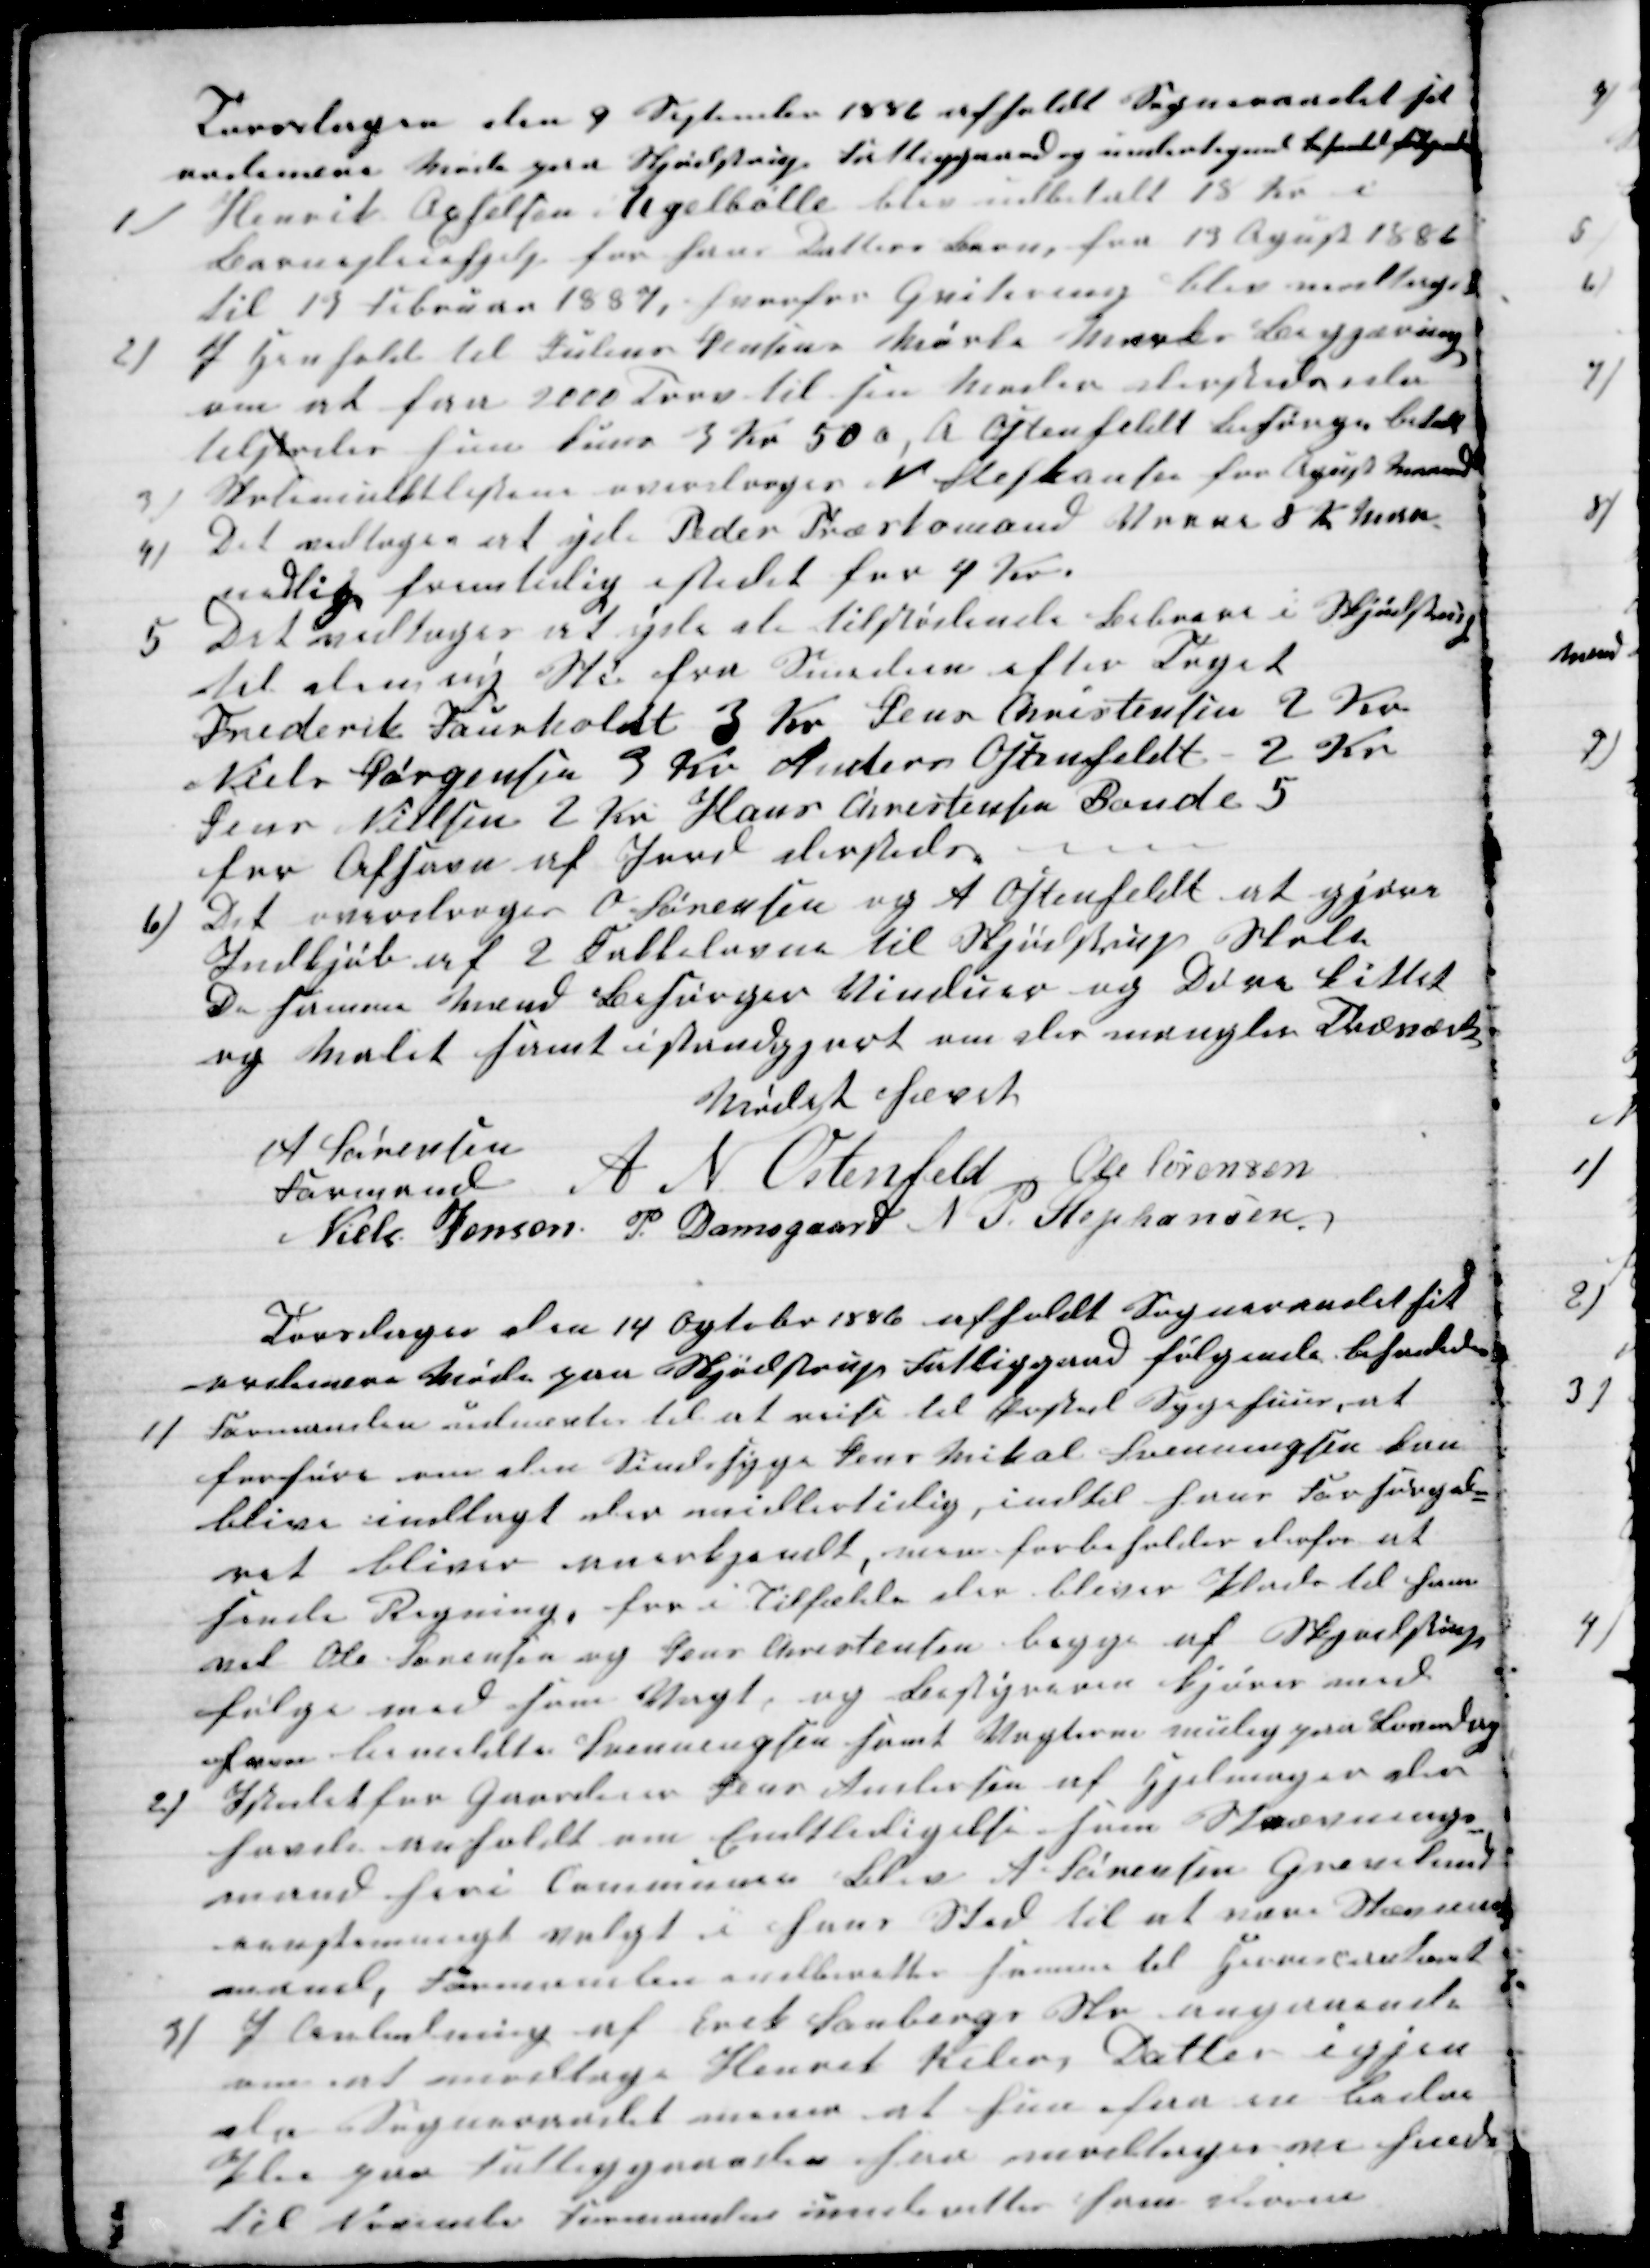
Transskription:
Torsdagen den 9 September 1886 afholdt Sogneraadet sit
ordinære Møde paa Skjødstrup Fattiggaard og undertegnede behanlede følgende
1)
Henrik Axselsen, Ugelbølle blev udbetalt 18 Kr i
Barnepleiehjelp for hans Datters Barn, fra 13 Agust 1886
til 19 Februar 1887, hvorfor Qvitering blev modtaget
2) I Henhold til Julius Jensens Mørke Marks Begjæring
om at faa 2000 Tørv til sin Moder dersteds, da
tilstodes han kuns 3 Kr 50ø, A Oftenfeldt besørger betalt
3)
Skolemulktlisterne overdroges N. Stephansen for Agust Maaned
4)
Det vedtoges at yde Peder Træskomand Vorre 8 Kr Maa-
nedlig fremtidig istedet for 4 Kr.
5 Det vedtoges at yde de tilstødende Beboere i Skjødstrup
til den ny Sti fra Smedien efter Toget
Frederik Faurholdt 3 Kr Jens Christensen 2 Kr
Niels Jørgensen 3 Kr Anders Ostenfeldt 2 Kr
Jens Nielsen 2 Kr Hans Christensen Bonde 5
for Afsavn af Jord dersteds
6)
Det overdroges O. Sørensen og A Ostenfeldt at gjøre
Indkjøb af 2 Kakkelovne til Skjødstrup Skole
De samme Mænd Besørger Vinduer og Døre kittet
og Malet samt istandgjort om der mangler Træværk
Mødet hævet
A Sørensen
Formand
A. N. Ostenfeld Ole Sørensen
Niels Jensen P. Damsgaard N P. Stephansen
Torsdagen den 14 Ogtober 1886 afholdt Sogneraadet sit
ordinære Møde paa Skjødstrup Fattiggaard følgende behanledes
1)
Formanden udnævtes til at reise til Ørsted Sygehuus, at
forhøre om den Sindssyge Jens Mikal Svenningsen kan
blive indlagt der midlertidig, indtil hans Forsørgel-
ret bliver anerkjendt, man forbeholder derfor at
sende Regning, for i Tilfælde der bliver Plads til ham
vil Ole Sørensen og Jens Christensen begge af Skjødstrup
følge med som Vagt, og bestyreren kjører med
ham bemeldte Svenningsen samt Vagterne mulig paa Løverdag
2)
Istedet for Gaardeier Jens Andersen af Hjelmager der
havde anholdt om Enttledigelse som Stævnings-
mand heri Communen blev A. Sørensen Grevelund
eensstemmigt valgt i hans Sted til at være Stævnings-
mand, Formanden indberetter samme til Herredscontoret
3) I Anledning af Erik Sanbergs Skr angaaende
om at modtage Henrik Kilers Datter igjen
da Sogneraadet mener at hun faa en bedre
Pleie paa Fattiggaarden saa modtager vi hende
til November Formanden underetter ham derom